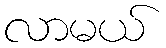
လာမယ်